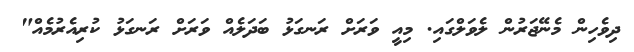
ދިވެހިން މެނޭޖަރުން ލެވަލްގައި. މިއީ ވަރަށް ރަނގަޅު ބަދަލެއް ވަރަށް ރަނގަޅު ކުރިއެެރުމެއް"